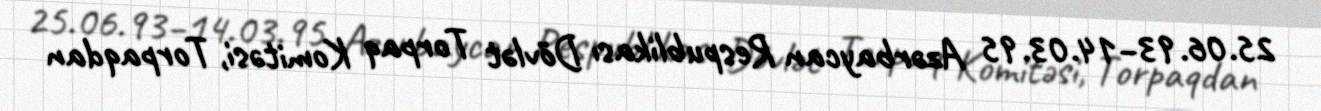
25.06.93–14.03.95 Azərbaycan Respublikası Dövlət Torpaq Komitəsi, Torpaqdan